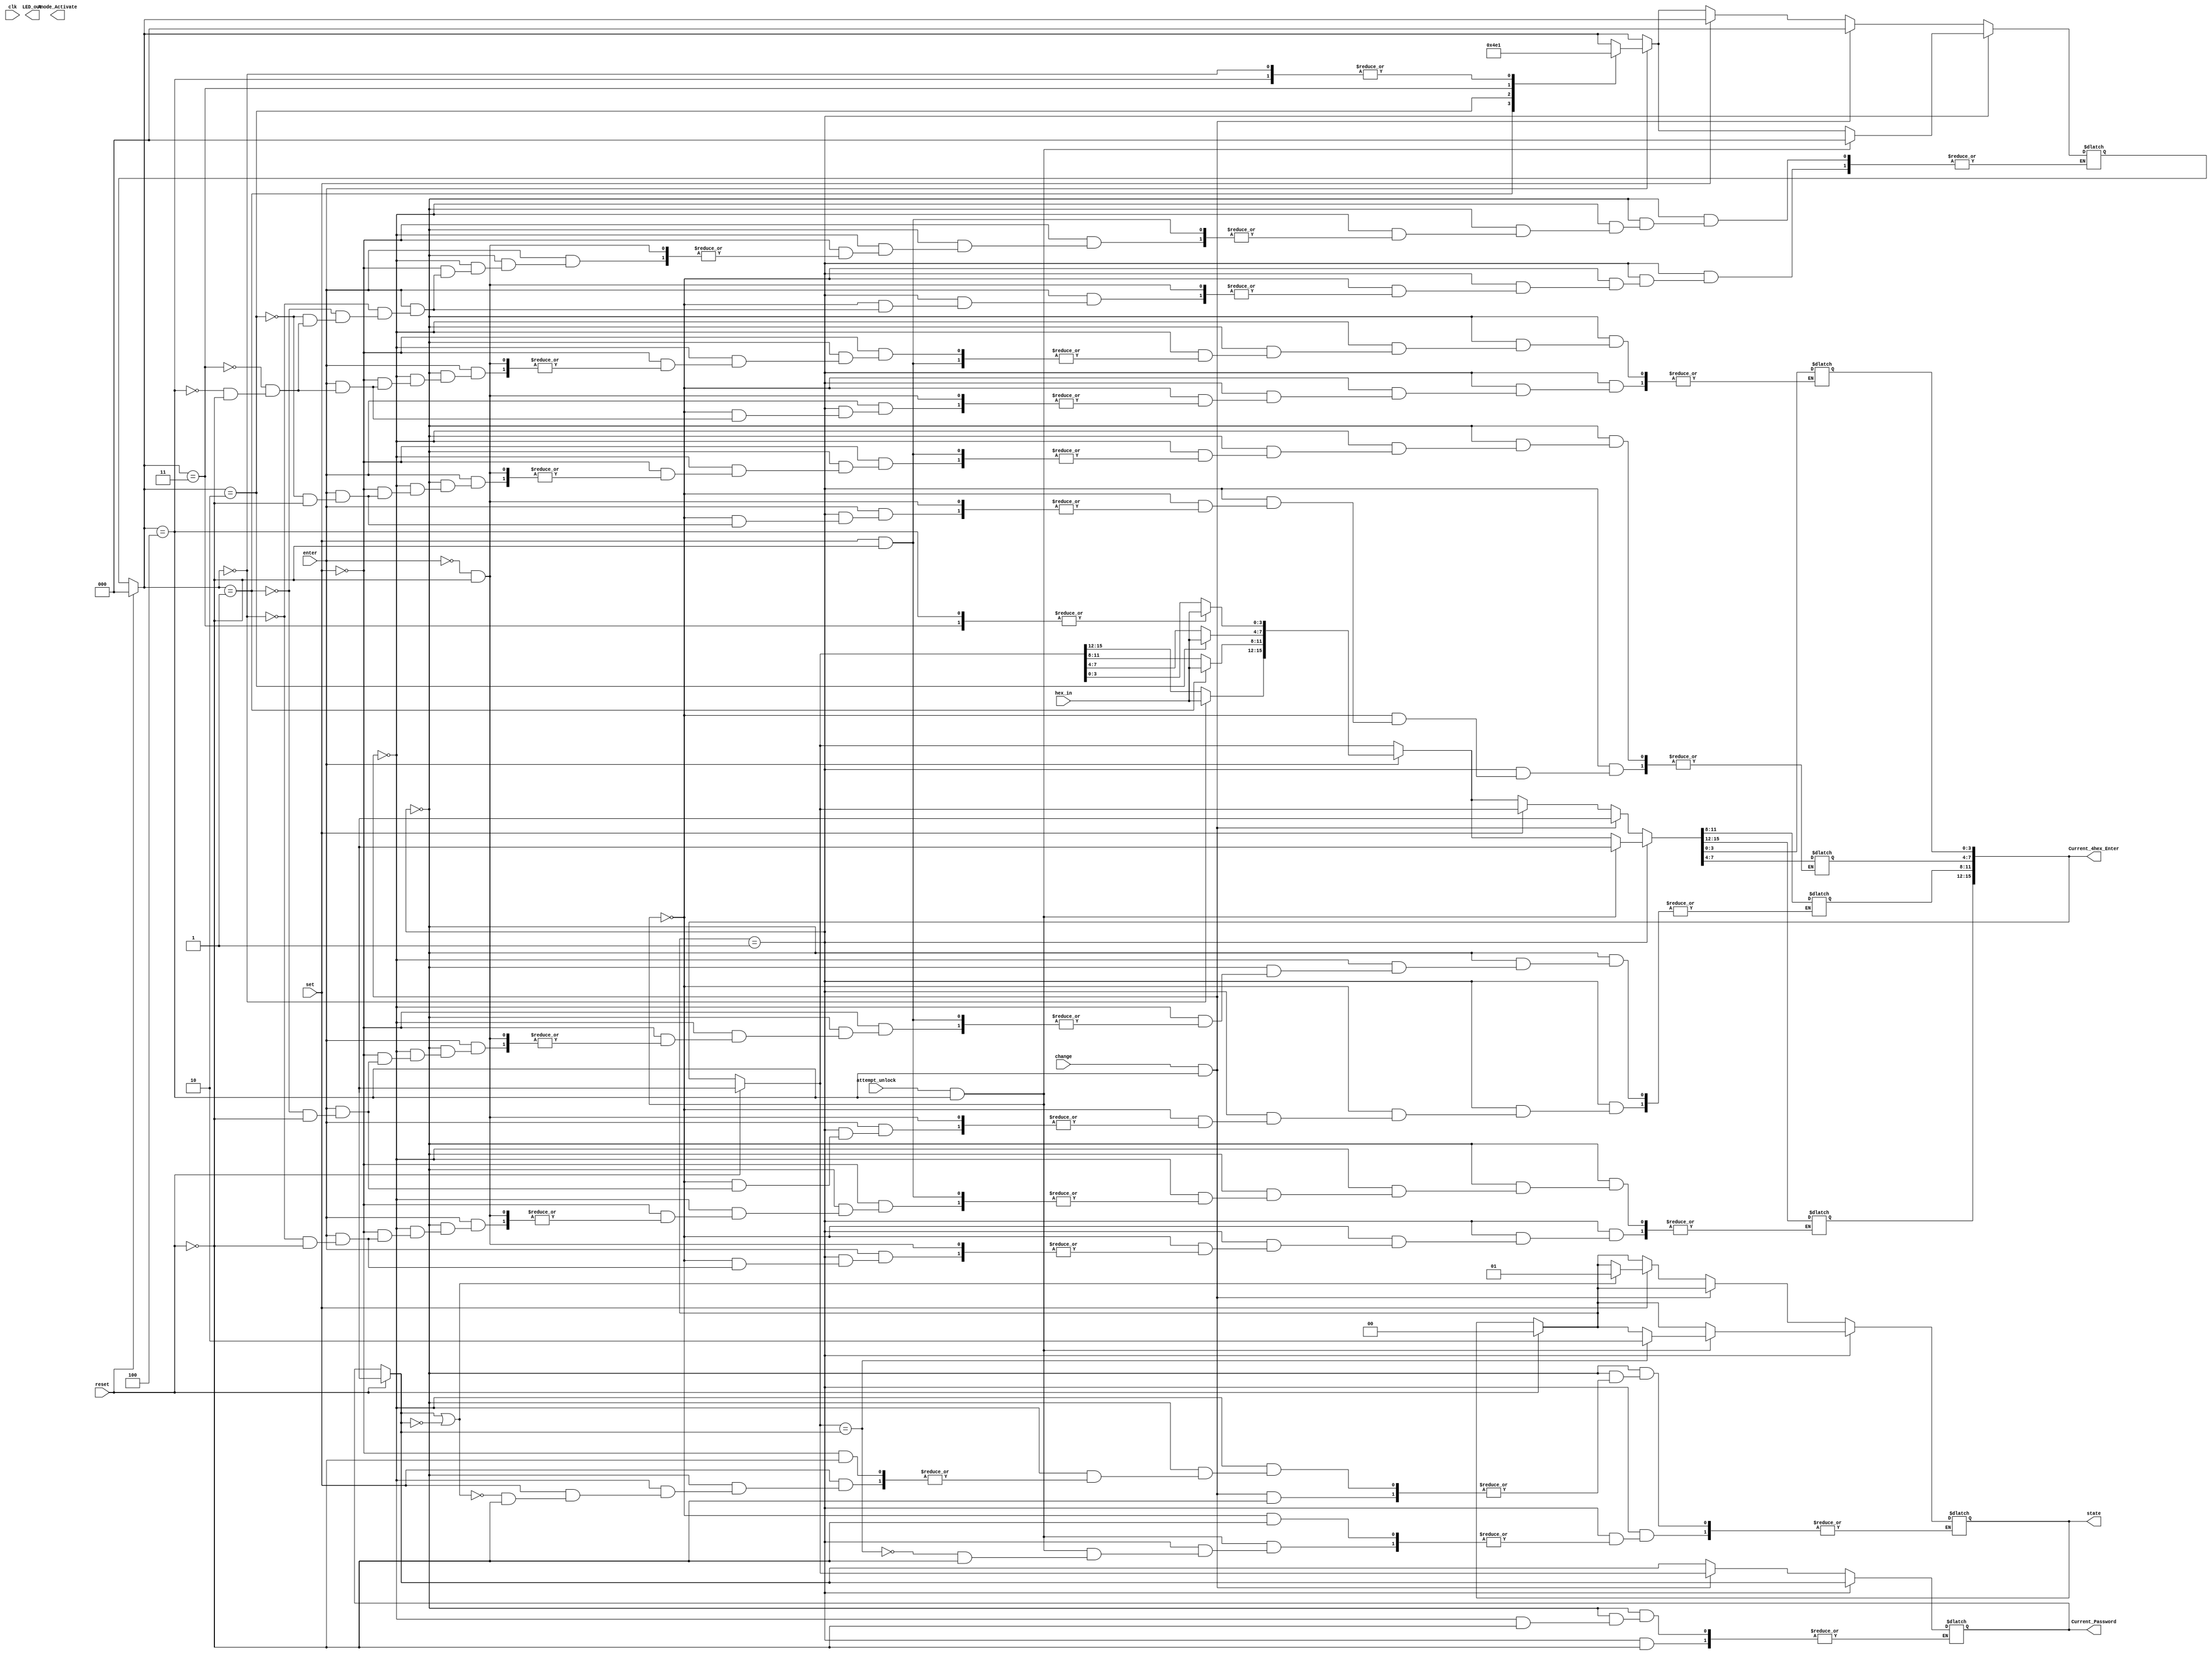
`timescale 1ns / 1ps
//////////////////////////////////////////////////////////////////////////////////
// Company: 
// Engineer: 
// 
// Design Name: 
// Module Name: main2
// Project Name: 
// Target Devices: 
// Tool Versions: 
// Description: 
// 
// Dependencies: 
// 
// Revision:
// Revision 0.01 - File Created
// Additional Comments:
// 
//////////////////////////////////////////////////////////////////////////////////


module main2(
    input clk,
    input [3:0] hex_in,
    input reset,
    input set,
    input change,
    input enter,
    input attempt_unlock,
    //output reg [15:0] Current_Password,
    
    // SSD outputs
    output wire [7:0] Anode_Activate,
    output wire [6:0] LED_out,
    
    output reg [1:0] state,
    output reg [15:0] Current_4hex_Enter,
    output reg [15:0] Current_Password
    
    
    );
    
    //Stores represents the state of the lock
    //reg [1:0] state;
    
    //Sets parameters of the states of the lock
    parameter INITIAL = 2'b00,
              LOCKED = 2'b01,
              UNLOCKED = 2'b10; 
              
        //Stores the user's guess of the password
    //reg [15:0] Guess_Password;
    
    //Stores what the user wants to change the password to
    //reg [15:0] Password_Set;
    
    //Stores what the current password is
    //reg [15:0] Current_Password;
    
    //Stays as a 16 bit long undefined bus, used for resetting Current_Password
    reg [15:0] Undefined_16bit;
    
    //Stores the number of hex numbers entered of the current guess or set
    reg [2:0] counter;
    
    wire hex1,hex2,hex3,hex4;
    
    always@(*) begin
        if (reset) begin
            state = INITIAL;
            Current_4hex_Enter = Undefined_16bit;
            Current_Password = Undefined_16bit;
            counter = 3'b000;
        end
        
        case (state)
            LOCKED: begin
                
                if(attempt_unlock && counter == 3'b100) begin
                    if(Current_4hex_Enter == Current_Password) begin
                        state = UNLOCKED;
                    end
                    Current_4hex_Enter = Undefined_16bit;
                    counter = 3'b000;
                end
                
                else if(enter) begin
                    case (counter)
                        3'b000: begin
                            Current_4hex_Enter[15:12] = hex_in;
                            counter = 3'b001;
                        end
                        3'b001: begin
                            Current_4hex_Enter[11:8] = hex_in;
                            counter = 3'b010;
                        end
                        3'b010: begin
                            Current_4hex_Enter[7:4] = hex_in;
                            counter = 3'b011;
                        end
                        3'b011: begin
                            Current_4hex_Enter[3:0] = hex_in;
                            counter = 3'b100;
                        end
                        3'b100: begin
                            Current_4hex_Enter[3:0] = hex_in;
                            counter = 3'b001;
                        end
                        
                        
                    endcase
            end
            end
            
            default: begin //UNLOCKED OR INITIAL
                if(change && counter == 3'b100) begin
                     Current_Password = Current_4hex_Enter;
                     counter = 3'b000;
                     Current_4hex_Enter = Undefined_16bit;
                end
                else if(set) begin
                    if(Current_Password || Current_Password == 16'b000000000000) begin
                        state = LOCKED;
                    end
                end  
                
                else if(enter) begin
                    case(counter)
                        3'b000: begin
                            Current_4hex_Enter[15:12] = hex_in;
                            counter = 3'b001;
                        end
                        3'b001: begin
                            Current_4hex_Enter[11:8] = hex_in;
                            counter = 3'b010;
                        end
                        3'b010: begin
                            Current_4hex_Enter[7:4] = hex_in;
                            counter = 3'b011;
                        end
                        3'b011: begin
                            Current_4hex_Enter[3:0] = hex_in;
                            counter = 3'b100;
                        end
                        3'b100: begin
                            Current_4hex_Enter[3:0] = hex_in;
                            counter = 3'b001;
                        end
                    endcase
                end 
            end
            
        endcase
    end
    
    assign hex1 = Current_4hex_Enter[15:12];
    assign hex2 = Current_4hex_Enter[11:8];
    assign hex3 = Current_4hex_Enter[7:4];
    assign hex4 = Current_4hex_Enter[3:0];
    
    
    
endmodule